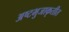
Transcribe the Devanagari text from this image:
अष्टभुजाकृतीत